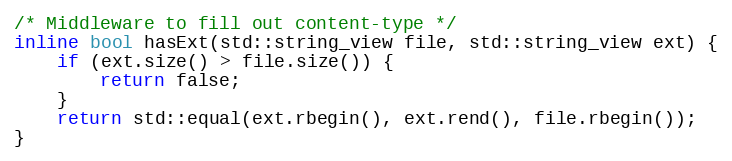
Language: C
/* Middleware to fill out content-type */
inline bool hasExt(std::string_view file, std::string_view ext) {
    if (ext.size() > file.size()) {
        return false;
    }
    return std::equal(ext.rbegin(), ext.rend(), file.rbegin());
}